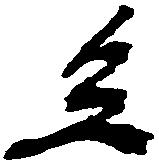
宜